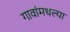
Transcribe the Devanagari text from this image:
गावांमधल्या